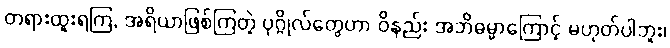
တရားထူးရကြ, အရိယာဖြစ်ကြတဲ့ ပုဂ္ဂိုလ်တွေဟာ ဝိနည်း အဘိဓမ္မာကြောင့် မဟုတ်ပါဘူး၊